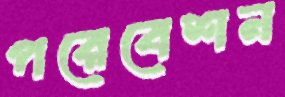
পরেবেশন